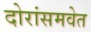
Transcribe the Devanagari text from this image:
दोरांसमवेत